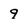
Character: 9